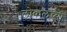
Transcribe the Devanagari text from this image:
लोकलच्या